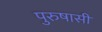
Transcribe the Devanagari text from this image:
पुरुषासी